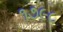
૧૭૯૮